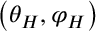
\left( { \theta } _ { H } , { \varphi } _ { H } \right)